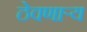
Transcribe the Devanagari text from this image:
ठेवणाऱ्य